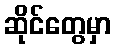
ဆိုင်တွေမှာ